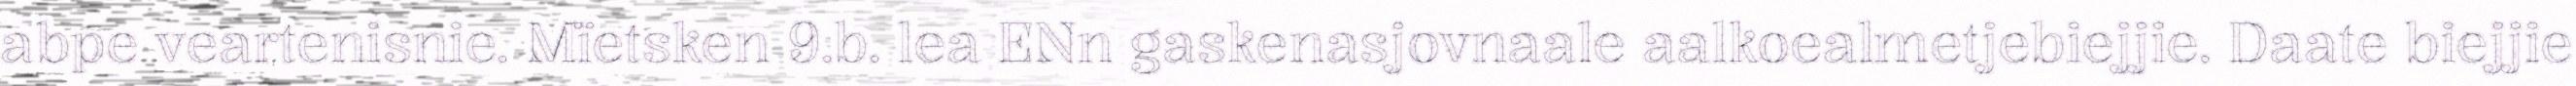
abpe veartenisnie. Mïetsken 9.b. lea ENn gaskenasjovnaale aalkoealmetjebiejjie. Daate biejjie